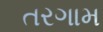
તરગામ